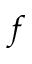
f